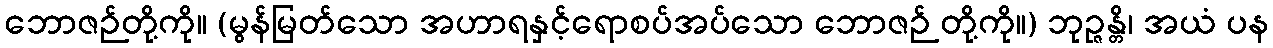
ဘောဇဉ်တို့ကို။ (မွန်မြတ်သော အဟာရနှင့်ရောစပ်အပ်သော ဘောဇဉ် တို့ကို။) ဘုဉ္ဇန္တိ၊ အယံ ပန